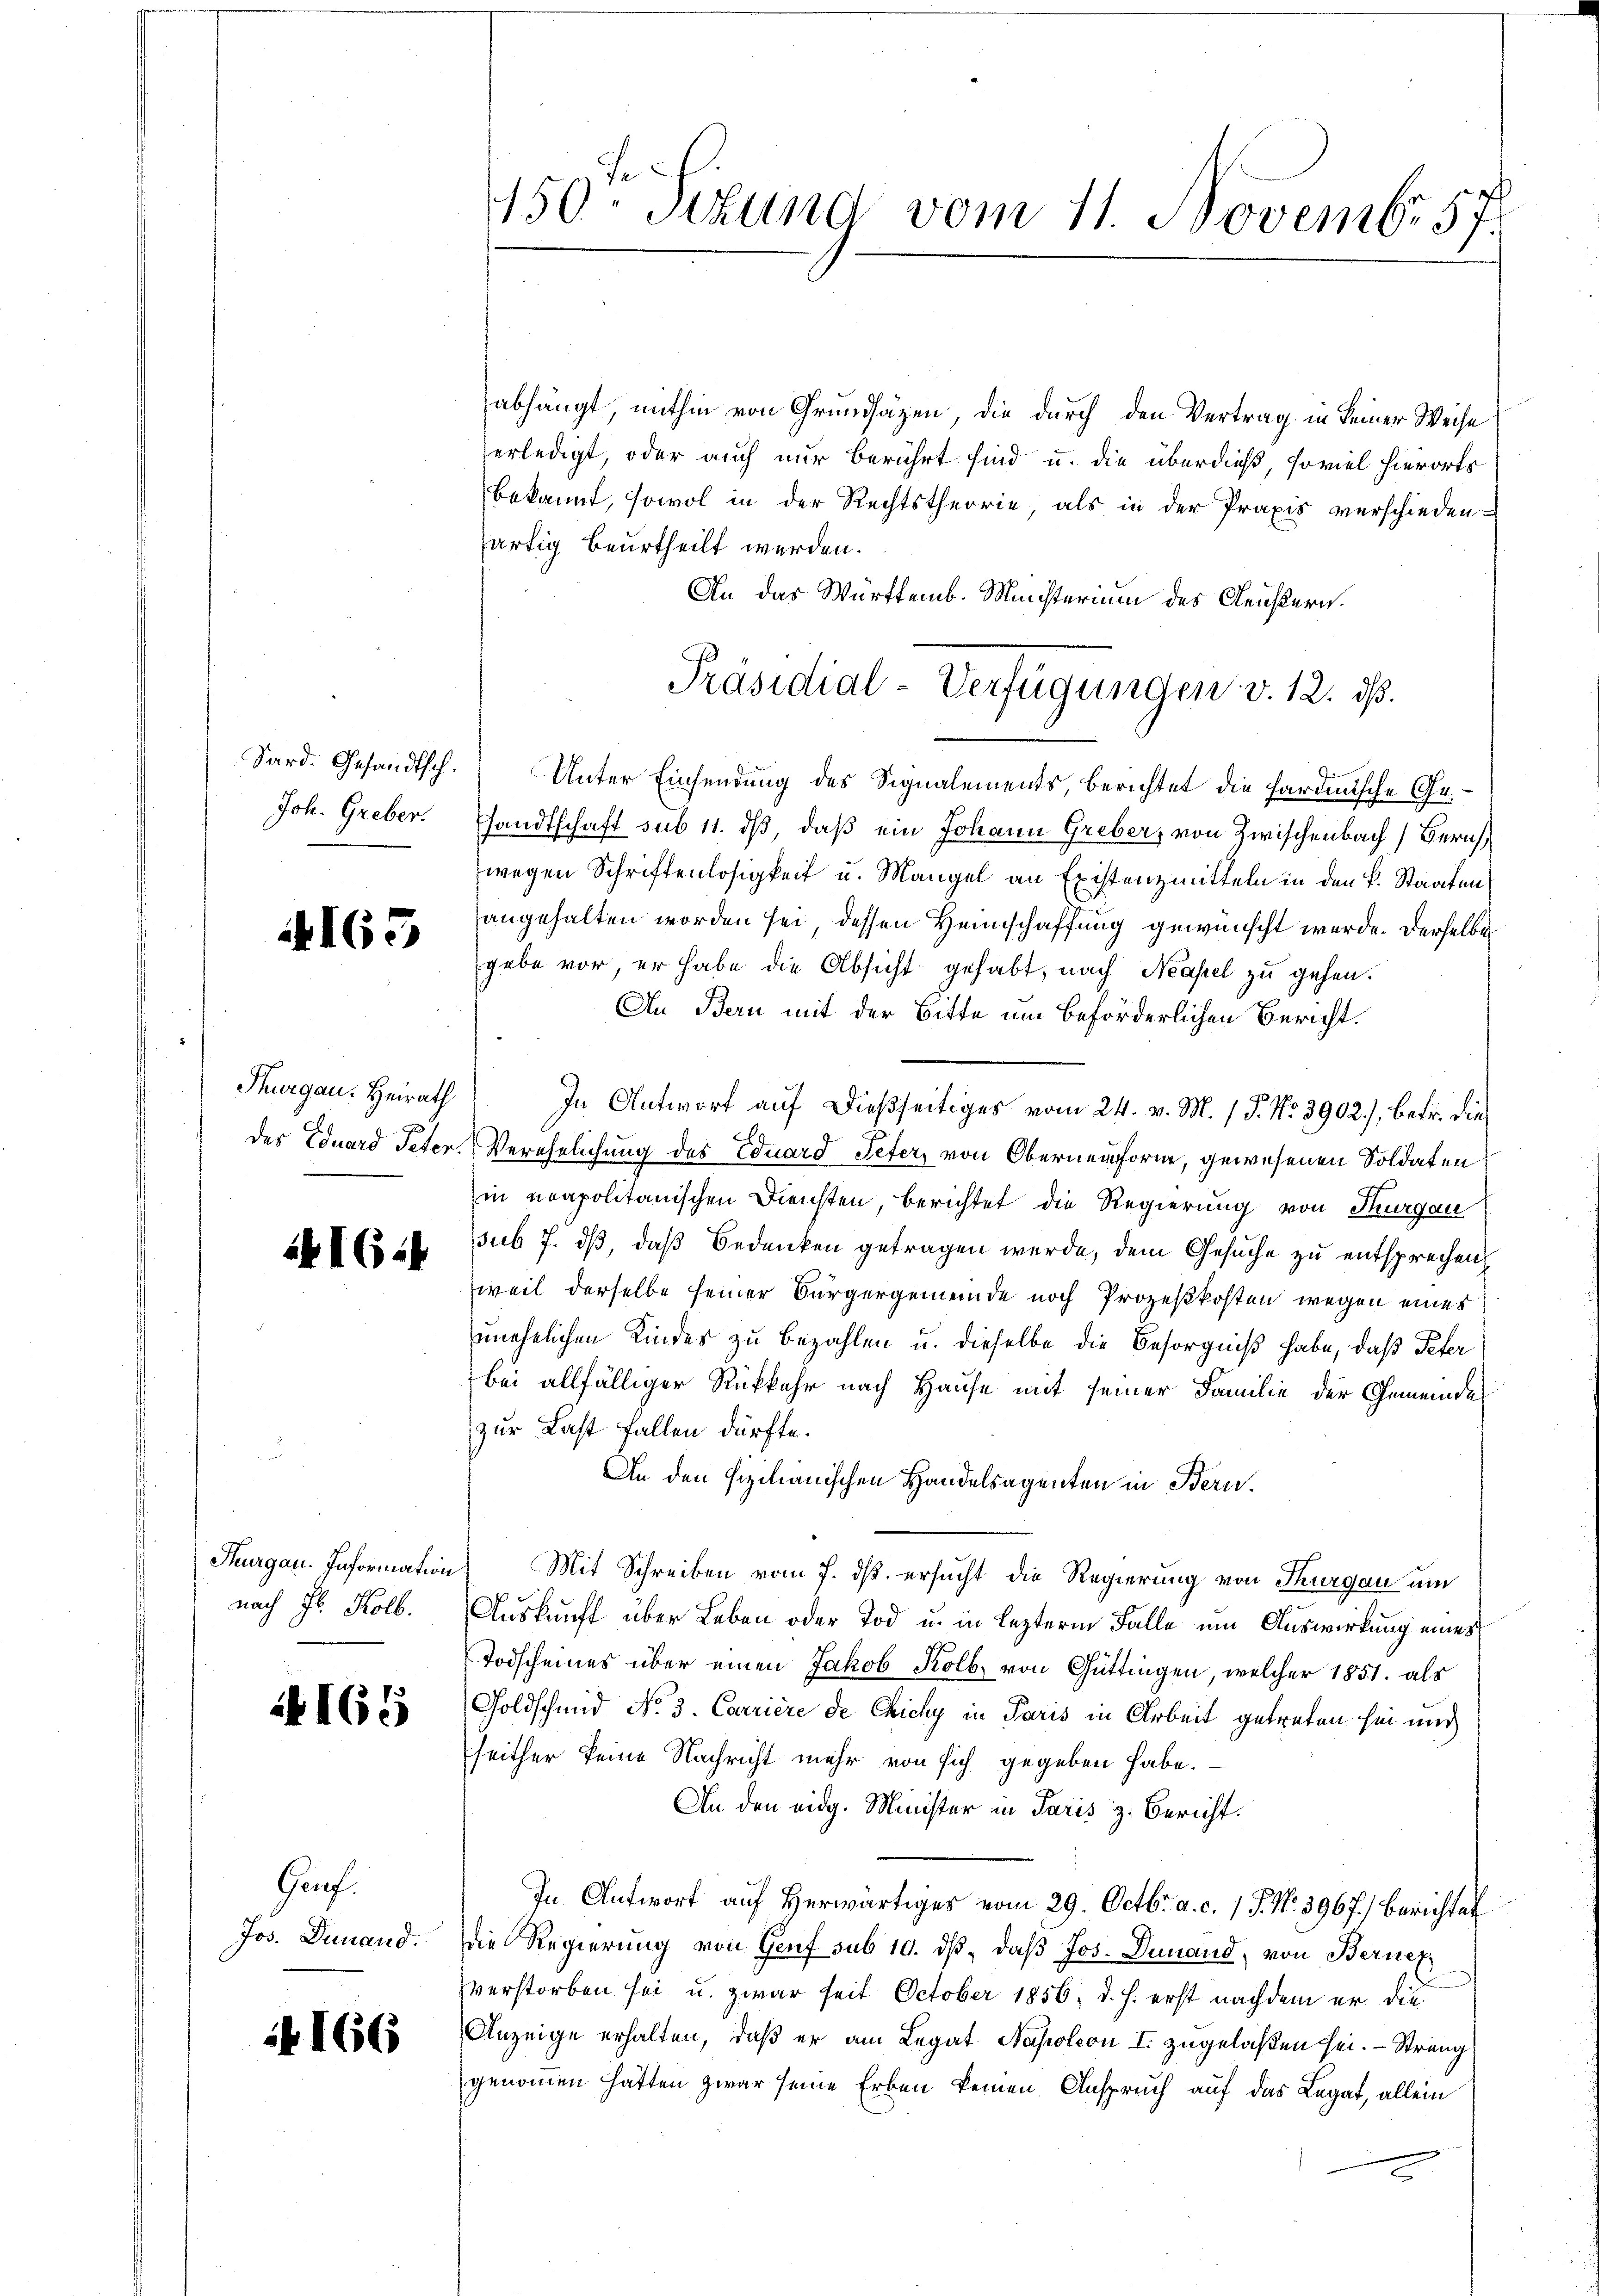
Sard. Gesandtsch.
Joh. Greber.

4163

Thurgau: Heirath
des Eduard Peter.

IGi

Heurgau. Information
nach Fl. Kolb.

165

Grf.
Jos. Dunand.

166

450. Stund vom 11. Novembr 57.

abhängt, mithin von Grundsäzen, die durch den Vertrag in keiner Weise
erledigt, oder auch nur berührt sind u. die überdieß, soviel hierorts
bekannt, sowol in der Rechtstheorie, als in der Praxis verschieden
färtig beurtheilt werden.
An das Württemb. Ministerium des Gleistern.
Unter Einsendung des Signalements, berichtet die sardinische Ge-
sandtschaft sub 11. ds, daß ein Johann Greber, von Zwischenbach Bern
wegen Schriftenlosigkeit u. Mangel an Existenzmitteln in den k. Staaten
angehalten worden sei, dessen Heimschaffung gewünscht werde. Derselbe
gabe vor, er habe die Absicht gehabt, nach Neapel zu gehen.
An Bern mit der Bitte um beförderlichen Bericht.
In Antwort auf dießseitiges vom 24. v. M. / P. Nr. 3902), betr. die
Verehelichung des Eduard Peter, von Oberneunforn, gewesenen Soldaten
in neapolitanischen Diensten, berichtet die Regierung von Thurgau
sub 7. dß, daß Bedenken getragen werde, dem Gesuche zu entsprechen,
weil derselbe seiner Bürgergemeinde noch Prozeßkosten wegen eines
unehelichen Kindes zu bezahlen u. dieselbe die Besorgniß habe, daß Peter
bei allfälliger Rükkehr nach Hause mit seiner Familie der Gemeinde
zur Last fallen dürfte.
An den sizilianischen Handelsagenten in Bern.
Mit Schreiben vom 7. ds. ersucht die Regierung von Thurgau um
Auskunft über Leben oder Tod u. in lezterm Falle um Auswirkung eines
Todscheines über einen Jakob Kolb, von Güttingen, welcher 1851. als
Goldschmid No. 3. Carriere de Chichy in Paris in Arbeit getreten hin und
seither keine Nachricht mehr von sich gegeben habe.
An den eidg. Minister in Paris z. Bericht.
In Antwort auf herwärtiges vom 29. Octbr. a. c. 1 P. Nr. 3967.) Berichtet
die Regierung von Genf sub 10. dβ, daß Jos. Demand, von Berner
zverstorben sei u. zwar seit October 1856, d. h. erst nachdem er die
Anzeige erhalten, daß er am Legat Napoleon I. zugelaßen sei. - Streng
genommen hätten zwar seine Erben keinen Anspruch auf das Legat, allein
2

Präsidial-Verfügungen v. 12. dß.